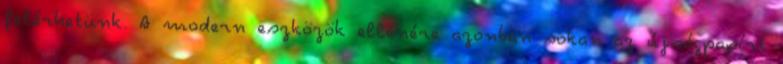
felérhetünk. A modern eszközök ellenére azonban sokan az újságpapírt